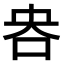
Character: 𫩣